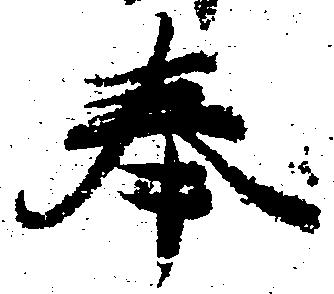
奉